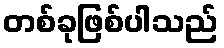
တစ်ခုဖြစ်ပါသည်